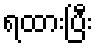
ရထားပြီး